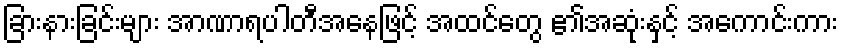
ခြားနားခြင်းများ အာဏာရပါတီအနေဖြင့် အထင်တွေ ၏အဆုံးနှင့် အကောင်းကား